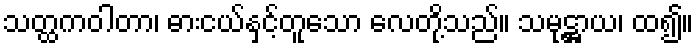
သတ္ထကဝါတာ၊ ဓားငယ်နှင့်တူသော လေတို့သည်။ သမုဋ္ဌာယ၊ ထ၍။